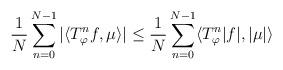
LaTeX: \begin{align*}\frac{1}{N}\sum_{n=0}^{N-1}|\langle T_\varphi^nf,\mu \rangle| \leq \frac{1}{N}\sum_{n=0}^{N-1}\langle T_\varphi^n|f|,|\mu| \rangle\end{align*}